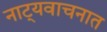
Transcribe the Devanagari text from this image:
नाट्यवाचनात